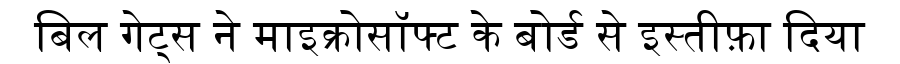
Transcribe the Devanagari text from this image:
बिल गेट्स ने माइक्रोसॉफ्ट के बोर्ड से इस्तीफ़ा दिया